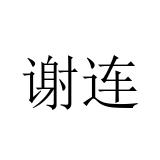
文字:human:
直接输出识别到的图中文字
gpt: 谢连